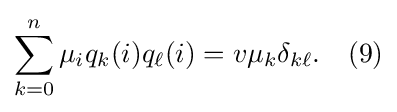
\sum _{k=0}^{n}\mu _{i}q_{k}(i)q_{\ell }(i)=v\mu _{k}\delta _{k\ell }.\quad (9)